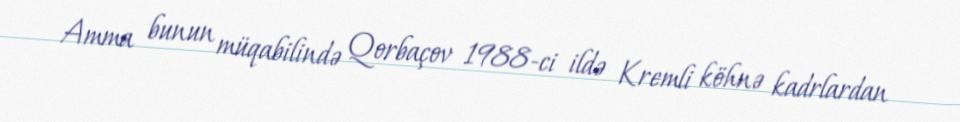
Amma bunun müqabilində Qorbaçov 1988-ci ildə Kremli köhnə kadrlardan